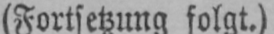
(Fortsetzung folgt.)